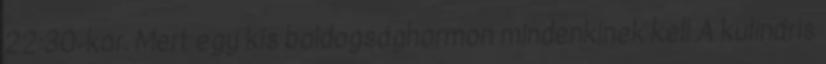
22:30-kor. Mert egy kis boldogsághormon mindenkinek kell A kulináris